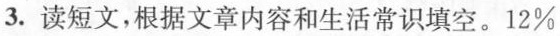
3.读短文，根据文章内容和生活常识填空。12\%